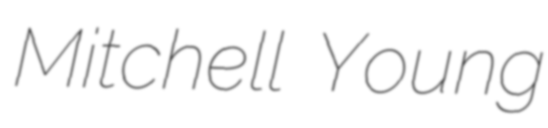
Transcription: Mitchell Young